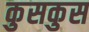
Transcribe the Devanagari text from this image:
कुसकुस